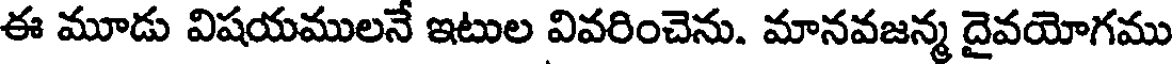
ఈ మూడు విషయములనే ఇటుల వివరించెను. మానవజన్మ దైవయోగము